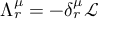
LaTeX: \Lambda _ { r } ^ { \mu } = - \delta _ { r } ^ { \mu } { \mathcal { L } }